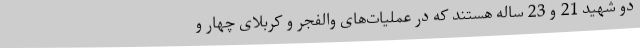
دو شهید 21 و 23 ساله هستند که در عملیات‌های والفجر و کربلای چهار و